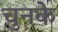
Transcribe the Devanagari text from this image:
चुनके